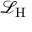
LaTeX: { \mathcal { L } } _ { \mathrm { H } }